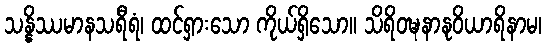
သန္နိဿမာနသရီရံ၊ ထင်ရှားသော ကိုယ်ရှိသော။ သိရိဝဍ္ဎနာနုဝိယာရိနာမ၊